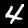
Digit: 4